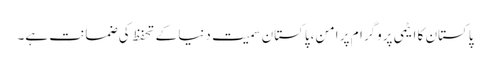
پاکستان کا ایٹمی پروگرام پر امن،پاکستان سمیت دنیا کے تحفظ کی ضمانت ہے۔